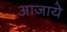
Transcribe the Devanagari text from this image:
आजाये